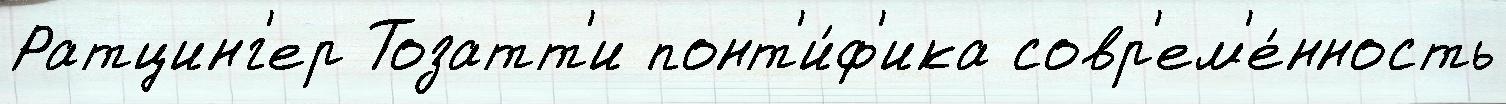
Ратцинг'ер Тозатт'и понт'и́ф'ика совр'ем'е́нность